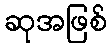
ဆုအဖြစ်